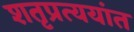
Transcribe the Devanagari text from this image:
शतृप्रत्ययांत